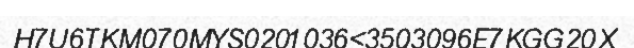
H7U6TKM070MYS0201036<3503096E7KGG20X